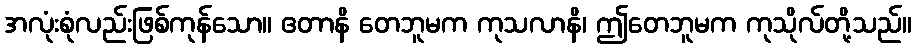
အလုံးစုံလည်းဖြစ်ကုန်သော။ ဧတာနိ တေဘူမက ကုသလာနိ၊ ဤတေဘူမက ကုသိုလ်တို့သည်။